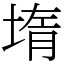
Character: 堶